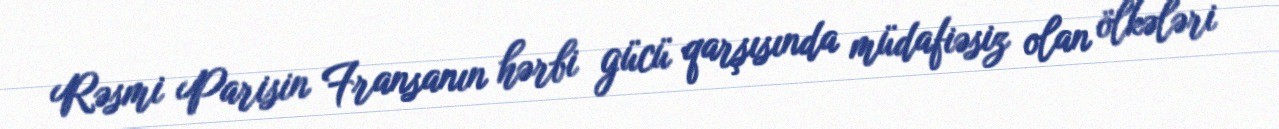
Rəsmi Parisin Fransanın hərbi gücü qarşısında müdafiəsiz olan ölkələri